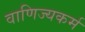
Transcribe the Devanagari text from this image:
वाणिज्यकर्म